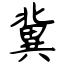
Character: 冀